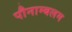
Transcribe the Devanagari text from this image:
पौनाम्बलम